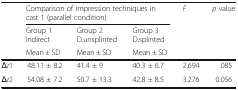
<table><thead><tr><td rowspan="3"></td><td colspan="3"><b>Comparison of impression techniques in cast 1 (parallel condition)</b></td><td><b><i>F</i></b></td><td><b><i>p</i> value</b></td></tr><tr><td><b>Group 1Indirect</b></td><td><b>Group 2D.unsplinted</b></td><td><b>Group 3D.splinted</b></td><td></td><td></td></tr><tr><td><b>Mean ± SD</b></td><td><b>Mean ± SD</b></td><td><b>Mean ± SD</b></td><td></td><td></td></tr></thead><tbody><tr><td>Δ<i>r</i>1</td><td>48.11 ± 8.2</td><td>41.4 ± 9</td><td>40.3 ± 6.7</td><td>2.694</td><td>.085</td></tr><tr><td>Δ<i>r</i>2</td><td>54.08 ± 7.2</td><td>50.7 ± 13.3</td><td>42.8 ± 8.5</td><td>3.276</td><td>0.056</td></tr></tbody></table>